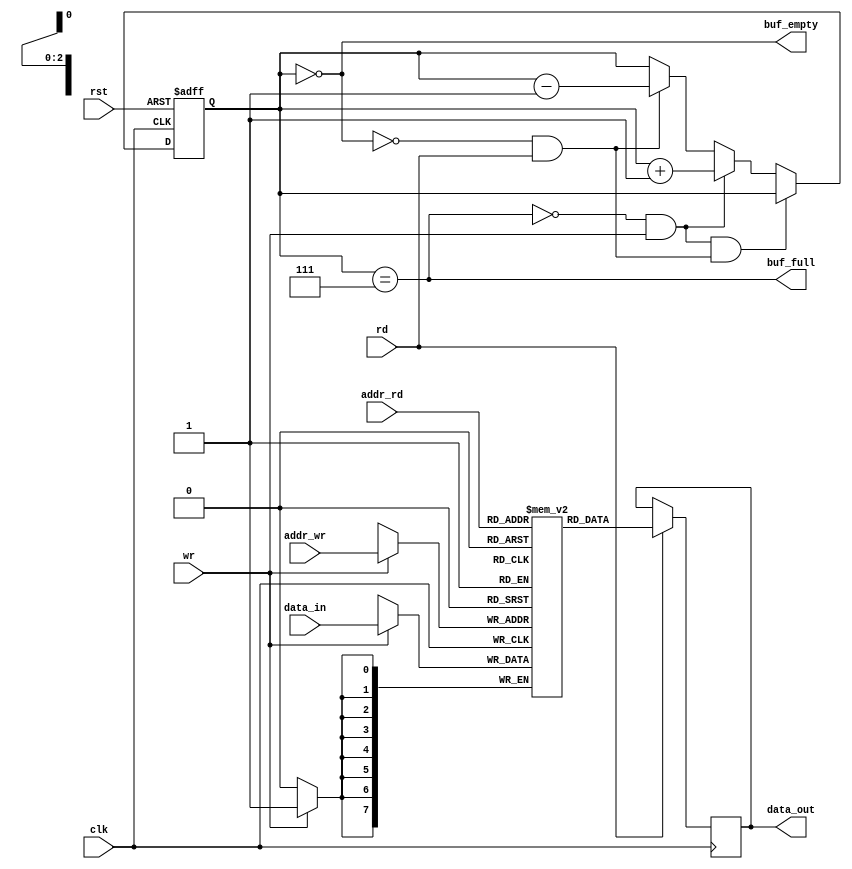
`timescale 1ns / 1ps

module memory(
 clk, // clock input
 rst,
 wr, // write enable
 rd, // read enable
 addr_wr, // address write   //switch (sw[9] ~ sw[11])
 addr_rd, // address read    //switch (sw[9] ~ sw[11]) 
 data_in, // data-bus input  //switch (sw[5] ~ sw[8])
 data_out, // data-bus output
 buf_empty,
 buf_full
);

parameter DATA_WIDTH = 8;   //(sw[5] ~ sw[8])
parameter ADDR_WIDTH = 3;  //(sw[9] ~ sw[11])
parameter RAM_DEPTH = 1 <<ADDR_WIDTH;

//-------------- Input Ports ------------//
input clk, rst;
input wr, rd;
input [ADDR_WIDTH-1:0] addr_wr, addr_rd;
input [DATA_WIDTH-1:0] data_in;
//----------- Output Ports ------------//
output [DATA_WIDTH-1:0] data_out;
output reg buf_empty, buf_full;
//------------ Internal Variables ----------//
reg [DATA_WIDTH-1:0] data_out;
reg [DATA_WIDTH-1:0] mem
[0:RAM_DEPTH-1];

reg [2:0] counter;


always @(counter)
begin
   buf_empty = (counter== 0);
   #10 buf_full = (counter== 3'b111);

end

always @(posedge clk or posedge rst)
begin
   if( rst )
       counter <= 0;

   else if( (!buf_full && wr) && ( !buf_empty && rd ) )
       counter <= counter;

   else if( !buf_full && wr )
       counter <= counter + 1;

   else if( !buf_empty && rd )
       counter <= counter - 1;

   else
      counter <= counter;
end

// Memory Write Block
// Write Operation:
always @(posedge clk)
begin : MEM_WRITE
if (wr) begin
mem[addr_wr] = data_in;
end
end
// Memory Read Block
// Read OperationL:
always @(posedge clk)
begin : MEM_READ
if (rd) begin
data_out = mem[addr_rd];
end
end


endmodule